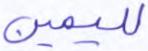
لليمين